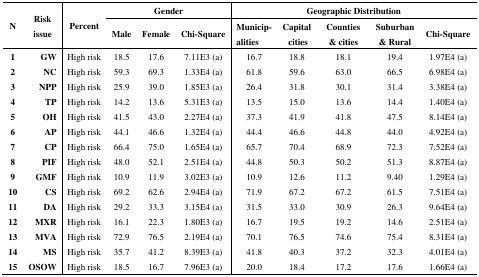
<table><thead><tr><td rowspan="2"><b>N</b></td><td rowspan="2"><b>Risk issue</b></td><td rowspan="2"><b>Percent</b></td><td colspan="3"><b>Gender</b></td><td colspan="5"><b>Geographic Distribution</b></td></tr><tr><td><b>Male</b></td><td><b>Female</b></td><td><b>Chi-Square</b></td><td><b>Municip-alities</b></td><td><b>Capital cities</b></td><td><b>Counties &amp; cities</b></td><td><b>Suburban &amp; Rural</b></td><td><b>Chi-Square</b></td></tr></thead><tbody><tr><td><b>1</b></td><td><b>GW</b></td><td>High risk</td><td>18.5</td><td>17.6</td><td>7.11E3 (a)</td><td>16.7</td><td>18.8</td><td>18.1</td><td>19.4</td><td>1.97E4 (a)</td></tr><tr><td><b>2</b></td><td><b>NC</b></td><td>High risk</td><td>59.3</td><td>69.3</td><td>1.33E4 (a)</td><td>61.8</td><td>59.6</td><td>63.0</td><td>66.5</td><td>6.98E4 (a)</td></tr><tr><td><b>3</b></td><td><b>NPP</b></td><td>High risk</td><td>25.9</td><td>39.0</td><td>1.85E3 (a)</td><td>26.4</td><td>31.8</td><td>30.1</td><td>31.4</td><td>3.38E4 (a)</td></tr><tr><td><b>4</b></td><td><b>TP</b></td><td>High risk</td><td>14.2</td><td>13.6</td><td>5.31E3 (a)</td><td>13.5</td><td>15.0</td><td>13.6</td><td>14.4</td><td>1.40E4 (a)</td></tr><tr><td><b>5</b></td><td><b>OH</b></td><td>High risk</td><td>41.5</td><td>43.0</td><td>2.27E4 (a)</td><td>37.3</td><td>41.9</td><td>41.8</td><td>47.5</td><td>8.14E4 (a)</td></tr><tr><td><b>6</b></td><td><b>AP</b></td><td>High risk</td><td>44.1</td><td>46.6</td><td>1.32E4 (a)</td><td>44.4</td><td>46.6</td><td>44.8</td><td>44.0</td><td>4.92E4 (a)</td></tr><tr><td><b>7</b></td><td><b>CP</b></td><td>High risk</td><td>66.4</td><td>75.0</td><td>1.65E4 (a)</td><td>65.7</td><td>70.4</td><td>68.9</td><td>72.3</td><td>7.52E4 (a)</td></tr><tr><td><b>8</b></td><td><b>PIF</b></td><td>High risk</td><td>48.0</td><td>52.1</td><td>2.51E4 (a)</td><td>44.8</td><td>50.3</td><td>50.2</td><td>51.3</td><td>8.87E4 (a)</td></tr><tr><td><b>9</b></td><td><b>GMF</b></td><td>High risk</td><td>10.9</td><td>11.9</td><td>3.02E3 (a)</td><td>10.9</td><td>12.6</td><td>11.2</td><td>9.40</td><td>1.29E4 (a)</td></tr><tr><td><b>10</b></td><td><b>CS</b></td><td>High risk</td><td>69.2</td><td>62.6</td><td>2.94E4 (a)</td><td>71.9</td><td>67.2</td><td>67.2</td><td>61.5</td><td>7.51E4 (a)</td></tr><tr><td><b>11</b></td><td><b>DA</b></td><td>High risk</td><td>29.2</td><td>33.3</td><td>3.15E4 (a)</td><td>31.5</td><td>33.0</td><td>30.9</td><td>26.3</td><td>9.64E4 (a)</td></tr><tr><td><b>12</b></td><td><b>MXR</b></td><td>High risk</td><td>16.1</td><td>22.3</td><td>1.80E3 (a)</td><td>16.7</td><td>19.5</td><td>19.2</td><td>14.6</td><td>2.51E4 (a)</td></tr><tr><td><b>13</b></td><td><b>MVA</b></td><td>High risk</td><td>72.9</td><td>76.5</td><td>2.19E4 (a)</td><td>70.1</td><td>76.5</td><td>74.6</td><td>75.4</td><td>8.31E4 (a)</td></tr><tr><td><b>14</b></td><td><b>MS</b></td><td>High risk</td><td>35.7</td><td>41.2</td><td>8.39E3 (a)</td><td>41.8</td><td>40.3</td><td>37.2</td><td>32.3</td><td>4.01E4 (a)</td></tr><tr><td><b>15</b></td><td><b>OSOW</b></td><td>High risk</td><td>18.5</td><td>16.7</td><td>7.96E3 (a)</td><td>20.0</td><td>18.4</td><td>17.2</td><td>17.6</td><td>1.66E4 (a)</td></tr></tbody></table>